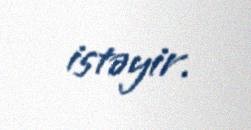
istəyir.